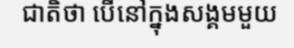
ជាតិថា បើនៅក្នុងសង្គមមួយ